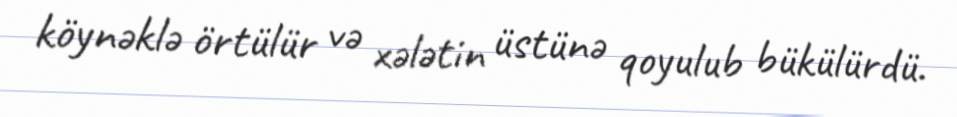
köynəklə örtülür və xələtin üstünə qoyulub bükülürdü.